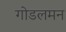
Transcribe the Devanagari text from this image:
गोडलमन